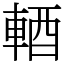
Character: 輏